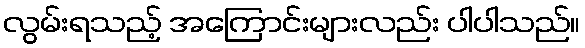
လွမ်းရသည့် အကြောင်းများလည်း ပါပါသည်။